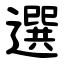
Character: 選